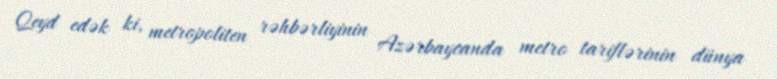
Qeyd edək ki, metropoliten rəhbərliyinin Azərbaycanda metro tariflərinin dünya